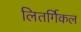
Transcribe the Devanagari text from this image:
लितर्गिकल